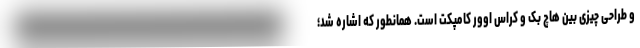
و طراحی چیزی بین هاچ بک و کراس اوور کامپکت است. همانطور که اشاره شد؛